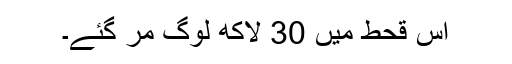
اس قحط میں 30 لاکھ لوگ مر گئے۔